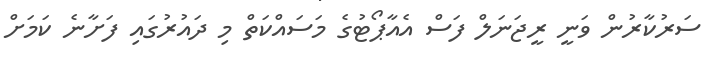
ސަރުކާރުން ވަނީ ރީޖަނަލް ފަސް އެއާޕޯޓުގެ މަސައްކަތް މި ދައުރުގައި ފަށާނެ ކަމަށް